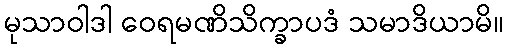
မုသာဝါဒါ ဝေရမဏိသိက္ခာပဒံ သမာဒိယာမိ။